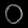
Digit: ၀